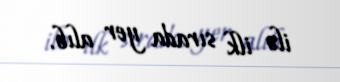
ilə ilk sırada yer alıb.